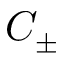
C _ { \pm }